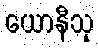
ယောနီသု